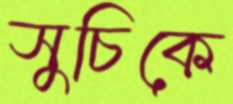
সুচিকে